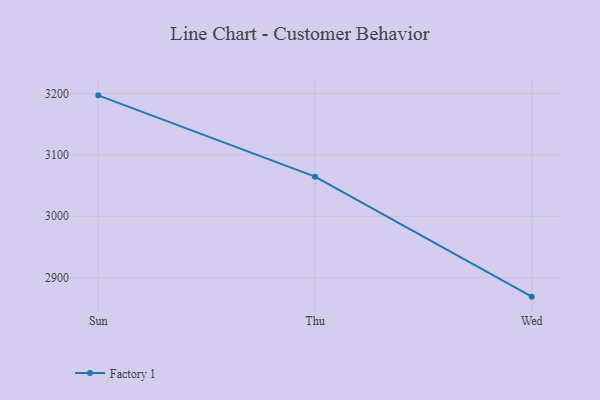
{"axis": {"x": "Day", "y": "Backlog"}, "legend": ["Factory 1"], "data": [{"x": "Sun", "y": 3196.9, "type": "Factory 1"}, {"x": "Thu", "y": 3064.5, "type": "Factory 1"}, {"x": "Wed", "y": 2869.1, "type": "Factory 1"}]}